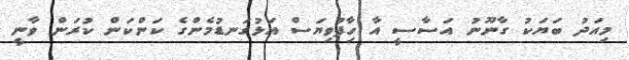
މިއަދު ބަޔަކު ގާނޫނު އަސާސީ އާ ހިާފުވިޔަސް އަޅުގަނޑުމެންގެ ކަންކަން ކުރަން ވާނީ